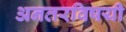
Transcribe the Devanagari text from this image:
अनतरविषयी